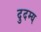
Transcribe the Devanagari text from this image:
दुदम्य